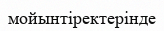
мойынтіректерінде